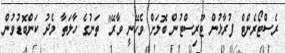
ރެސްޓޯރެންޓް ފުރާޅުން ޓޫރިސްޓުން ބޮލަށް ވެހޭނީ ވާރޭ" ތަނުގެ ހާލަތާ މެދު ކަންބޮޑުވުން